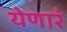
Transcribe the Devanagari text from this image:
येणारं